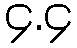
၄.၄